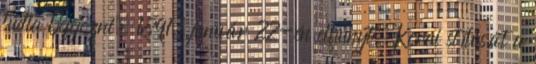
tudta befejezni, 1891. január 22-én elhunyt. Korai stílusát a